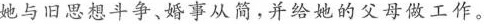
她与旧思想斗争、婚事从简，并给她的父母做工作。